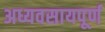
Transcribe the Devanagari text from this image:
अध्यवसायपूर्ण